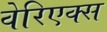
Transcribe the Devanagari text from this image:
वेरिएक्स